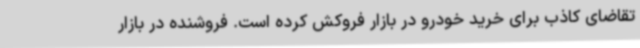
تقاضای کاذب برای خرید خودرو در بازار فروکش کرده است. فروشنده در بازار